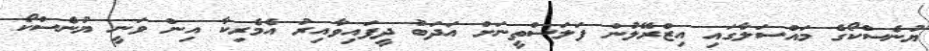
ޔުނެސްކޯގެ މައްސަލާގައި އިޒްރޭލުން ފަލަސްތީނަށް އަދަބު ދީފައިވާއިރު އެމެރިކާ އިން ވަނީ ޔުނެސްކޯ